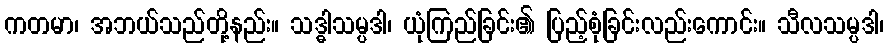
ကတမာ၊ အဘယ်သည်တို့နည်း။ သဒ္ဓါသမ္ပဒါ၊ ယုံကြည်ခြင်း၏ ပြည့်စုံခြင်းလည်းကောင်း။ သီလသမ္ပဒါ၊